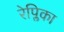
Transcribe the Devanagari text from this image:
रेप्लिका